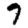
Digit: 7